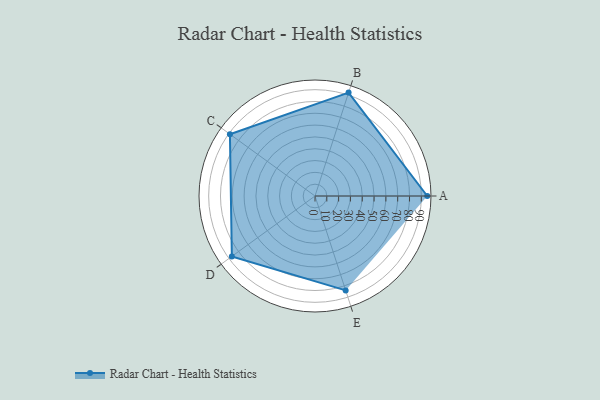
{"axis": {"x": "Skill", "y": "Score"}, "legend": ["Profile"], "data": [{"x": "A", "y": 95.0, "type": "Profile"}, {"x": "B", "y": 92.0, "type": "Profile"}, {"x": "C", "y": 89.0, "type": "Profile"}, {"x": "D", "y": 87.0, "type": "Profile"}, {"x": "E", "y": 84.0, "type": "Profile"}]}